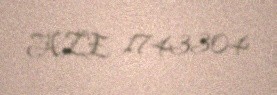
AZE 1743304